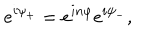
LaTeX: e ^ { i \psi _ { + } } = e ^ { i n \varphi } e ^ { i \psi _ { - } } ,